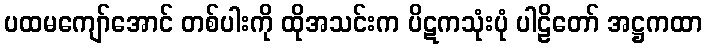
ပထမကျော်အောင် တစ်ပါးကို ထိုအသင်းက ပိဋကသုံးပုံ ပါဠိတော် အဋ္ဌကထာ